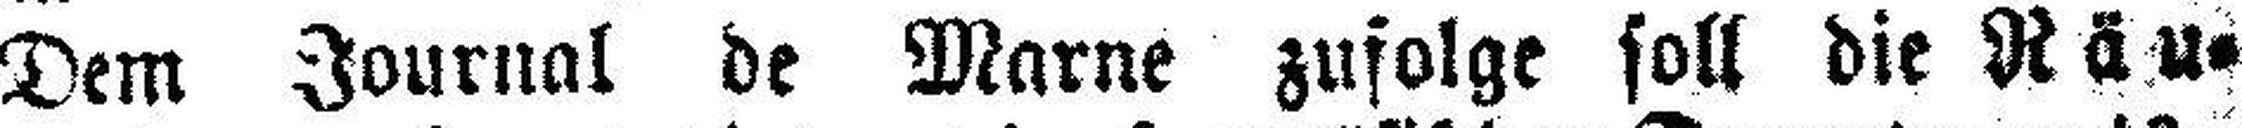
Dem Journal de Marne zufolge soll die Räu¬